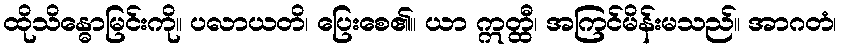
ထိုသိန္ဓောမြင်းကို။ ပလာယတိ၊ ပြေးစေ၏။ ယာ ဣတ္ထီ၊ အကြင်မိန်းမသည်။ အာဂတံ၊